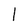
Character: I